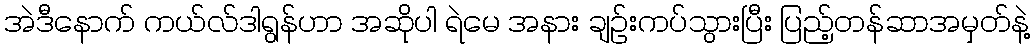
အဲဒီနောက် ကယ်လ်ဒါရွန်ဟာ အဆိုပါ ရဲမေ အနား ချဉ်းကပ်သွားပြီး ပြည့်တန်ဆာအမှတ်နဲ့